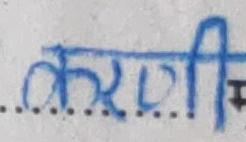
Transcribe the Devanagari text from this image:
करणी